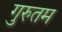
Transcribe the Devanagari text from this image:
गुरुतम